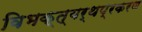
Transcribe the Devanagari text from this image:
विभक्त्यर्थप्रकरण